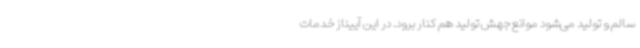
سالم و تولید می‌شود موانع جهش تولید هم کنار برود. در این آییناز خدمات